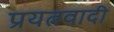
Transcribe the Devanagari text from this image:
प्रयत्नवादी